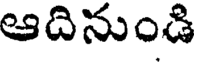
ఆదినుండి